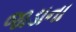
જાડાના